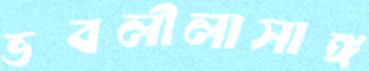
ভবলীলাসাঙ্গ